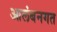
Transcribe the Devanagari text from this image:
आलंबनगत